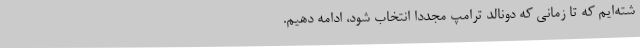
شته‌ایم که تا زمانی که دونالد ترامپ مجدداً انتخاب شود، ادامه دهیم.